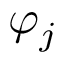
\varphi _ { j }